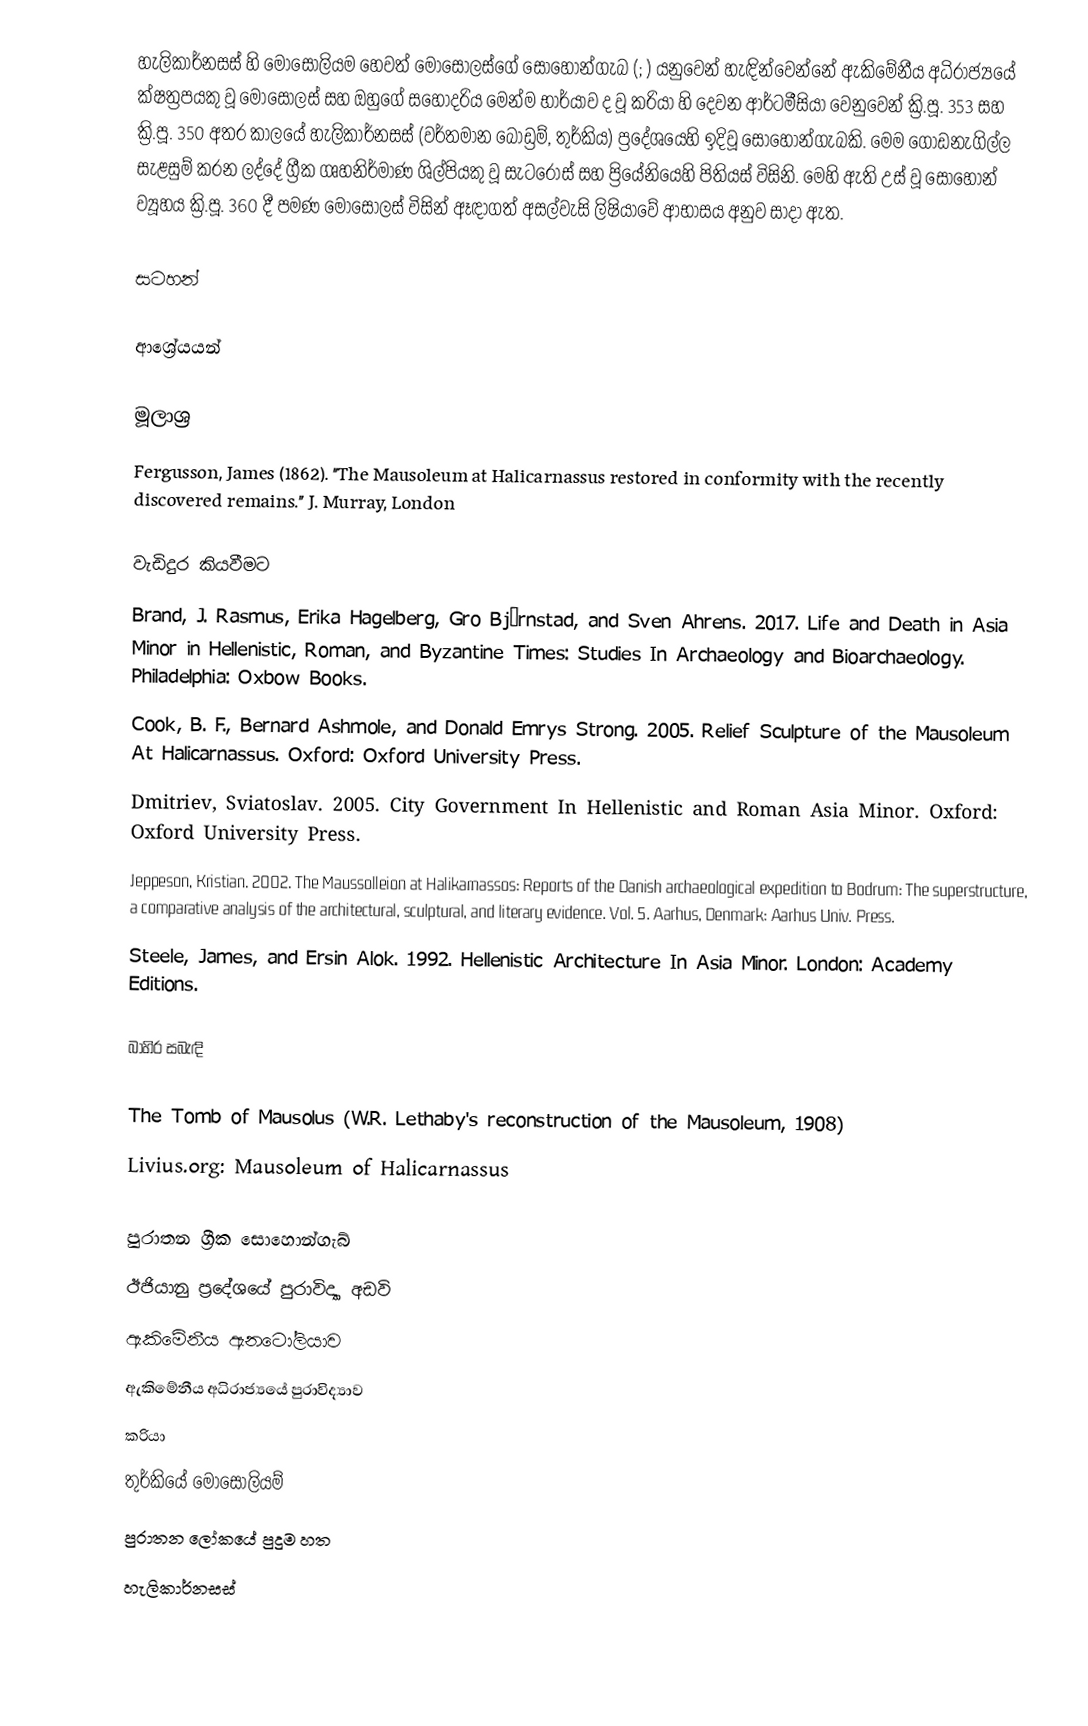
හැලිකාර්නසස් හි මොසෝලියම හෙවත් මොසෝලස්ගේ සොහොන්ගැබ (; ) යනුවෙන් හැඳින්වෙන්නේ ඇකිමේනීය අධිරාජ්‍යයේ ක්ෂත්‍රපයකු වූ  මෝසෝලස් සහ ඔහුගේ සහෝදරිය මෙන්ම භාර්යාව ද වූ කරියා හි දෙවන ආර්ටමීසියා වෙනුවෙන් ක්‍රි.පූ. 353 සහ ක්‍රි.පූ. 350 අතර කාලයේ හැලිකාර්නසස් (වර්තමාන බෝඩ්‍රම්, තුර්කිය) ප්‍රදේශයෙහි ඉදිවූ සොහොන්ගැබකි. මෙම ගොඩනැගිල්ල සැළසුම් කරන ලද්දේ ග්‍රීක ගෘහනිර්මාණ ශිල්පියකු වූ සැටරොස් සහ ප්‍රියේනියෙහි පිතියස් විසිනි. මෙහි ඇති උස් වූ සොහොන් ව්‍යූහය ක්‍රි.පූ. 360 දී පමණ මෝසෝලස් විසින් ඈඳාගත් අසල්වැසි ලිෂියාවේ ආභාසය අනුව සාදා ඇත.

සටහන්

ආශ්‍රේයයන්

මූලාශ්‍ර
 Fergusson, James (1862). "The Mausoleum at Halicarnassus restored in conformity with the recently discovered remains." J. Murray, London

වැඩිදුර කියවීමට
 Brand, J. Rasmus, Erika Hagelberg, Gro Bjørnstad, and Sven Ahrens. 2017. Life and Death in Asia Minor in Hellenistic, Roman, and Byzantine Times: Studies In Archaeology and Bioarchaeology. Philadelphia: Oxbow Books.
 Cook, B. F., Bernard Ashmole, and Donald Emrys Strong. 2005. Relief Sculpture of the Mausoleum At Halicarnassus. Oxford: Oxford University Press.
 Dmitriev, Sviatoslav. 2005. City Government In Hellenistic and Roman Asia Minor. Oxford: Oxford University Press.
 Jeppeson, Kristian. 2002. The Maussolleion at Halikarnassos: Reports of the Danish archaeological expedition to Bodrum: The superstructure, a comparative analysis of the architectural, sculptural, and literary evidence. Vol. 5. Aarhus, Denmark: Aarhus Univ. Press.
 Steele, James, and Ersin Alok. 1992. Hellenistic Architecture In Asia Minor. London: Academy Editions.

බාහිර සබැඳි

 The Tomb of Mausolus (W.R. Lethaby's reconstruction of the Mausoleum, 1908)
 Livius.org: Mausoleum of Halicarnassus

පුරාතන ග්‍රීක සොහොන්ගැබ්
ඊජියානු ප්‍රදේශයේ පුරාවිද්‍යා අඩවි
ඇකිමේනීය ඇනටෝලියාව
ඇකිමේනීය අධිරාජ්‍යයේ පුරාවිද්‍යාව
කරියා
තුර්කියේ මොසෝලියම්
පුරාතන ලෝකයේ පුදුම හත
හැලිකාර්නසස්